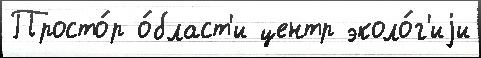
Просто́р о́бласт'и центр эколо́г'иjи